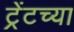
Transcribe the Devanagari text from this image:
ट्रेंटच्या